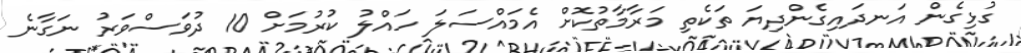
ގުޅިގެން އަނދައިގެންދިޔަ ތަކެތި މަރާމާތުކޮށް އެމައްސަލަ ހައްލު ކުރުމަށް 10 ދުވަސްވަރު ނަގާނެ